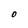
Character: O